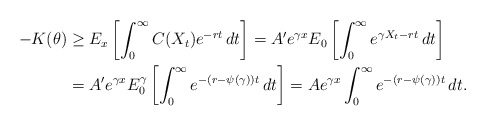
\begin{align*}-K(\theta) &\geq E_x\left[\int_{0}^{\infty}C(X_t)e^{-rt}\,dt\right] = A'e^{\gamma x}E_0\left[\int_{0}^{\infty}e^{\gamma X_t-rt}\,dt\right] \\ &=A'e^{\gamma x}E^{\gamma}_0\left[\int_{0}^{\infty}e^{-(r-\psi(\gamma))t}\,dt\right] = Ae^{\gamma x}\int_{0}^{\infty}e^{-(r-\psi(\gamma))t}\,dt.\end{align*}